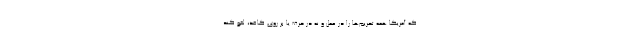
که آمریکا همه تحریم‌ها را در عمل و نه در حرف یا بر روی کاغذ، لغو کند